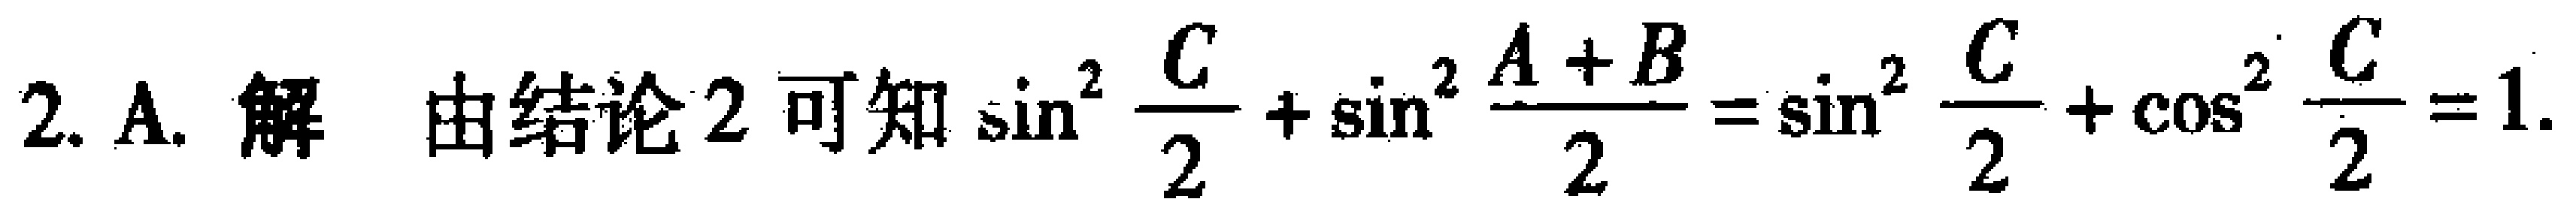
2. A. 解 由结论2可知\(\sin^{2}\frac{C}{2}+\sin^{2}\frac{A + B}{2}=\sin^{2}\frac{C}{2}+\cos^{2}\frac{C}{2}=1\).